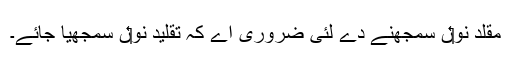
مقلد نو‏‏ں سمجھنے دے لئی ضروری اے کہ تقلید نو‏‏ں سمجھیا جائے۔